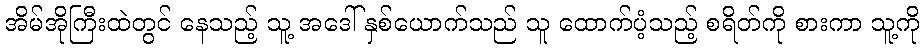
အိမ်အိုကြီးထဲတွင် နေသည့် သူ့ အဒေါ် နှစ်ယောက်သည် သူ ထောက်ပံ့သည့် စရိတ်ကို စားကာ သူ့ကို